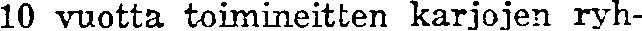
10 vuotta toimineitten karjojen ryh-